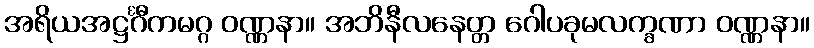
အရိယအဋ္ဌင်္ဂီကမဂ္ဂ ဝဏ္ဏနာ။ အဘိနီလနေတ္တ ဂေါပခုမလက္ခဏာ ဝဏ္ဏနာ။